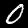
Label: 0